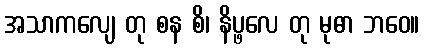
အသာကလျေ တု စန စိ၊ နိပ္ဖလေ တု မုဓာ ဘဝေ။